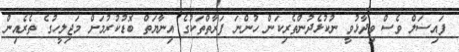
ފައިސަލް ވެސް ވިދާޅުވީ ނުކުޅެދުންތެރިކަން ހުންނަ ފަރާތްތަކުގެ އިނާޔަތް ބޮޑުކުރުމަށް މަޖިލީހުގެ ތެރެއިން